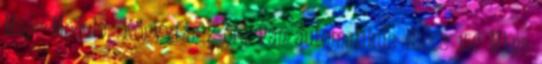
Mbps Modulo Könyvtár 2 óra van automatikus Nincs 150 Mbps